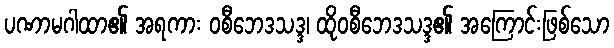
ပဏာမဂါထာ၏ အရကား ဝစီဘေဒသဒ္ဒ၊ ထိုဝစီဘေဒသဒ္ဒ၏ အကြောင်းဖြစ်သော